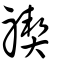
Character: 禊